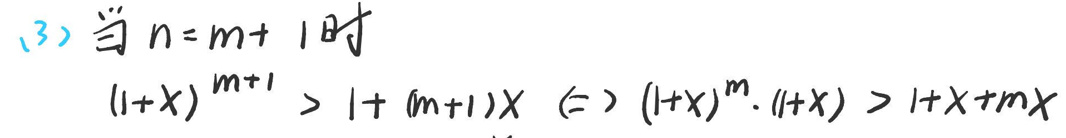
\begin{align*}
&(3) 当$ n = m + 1 $时\\
$&(1 + x)^{m + 1}>1+(m + 1)x$\\
$&\Leftrightarrow(1 + x)^{m}\cdot(1 + x)>1+x+mx$\\
\end{align*}